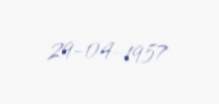
29-04-1957